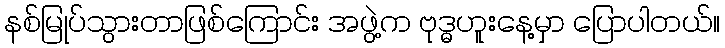
နစ်မြုပ်သွားတာဖြစ်ကြောင်း အဖွဲ့က ဗုဒ္ဓဟူးနေ့မှာ ပြောပါတယ်။